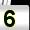
Digit: 5